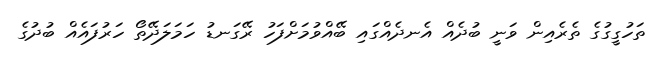
ތަހުގީގުގެ ތެރެއިން ވަނީ ބުދެއް އެނދެއްގައި ބޭއްވުމަށްފަހު ރޭގަނޑު ހަމަލަދޭތޯ ހަރުފައެއް ބުދުގެ